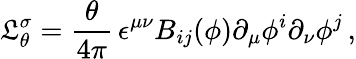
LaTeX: \mathfrak{L}_{\theta}^{\sigma}={\frac{{\theta}}{{4\pi}}}\, \epsilon^{\mu\nu}B_{ij}(\phi)\partial_{\mu}\phi^{i}\partial_{\nu}\phi^{j}\, ,